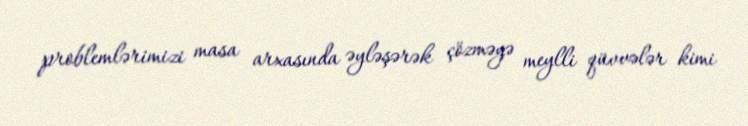
problemlərimizi masa arxasında əyləşərək çözməyə meylli qüvvələr kimi